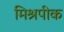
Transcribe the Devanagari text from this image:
मिश्रपीक